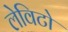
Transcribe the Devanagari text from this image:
लेविटो